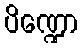
ပိဏ္ဍော